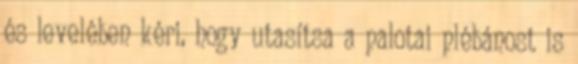
és levelében kéri, hogy utasítsa a palotai plébánost is